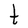
Character: t